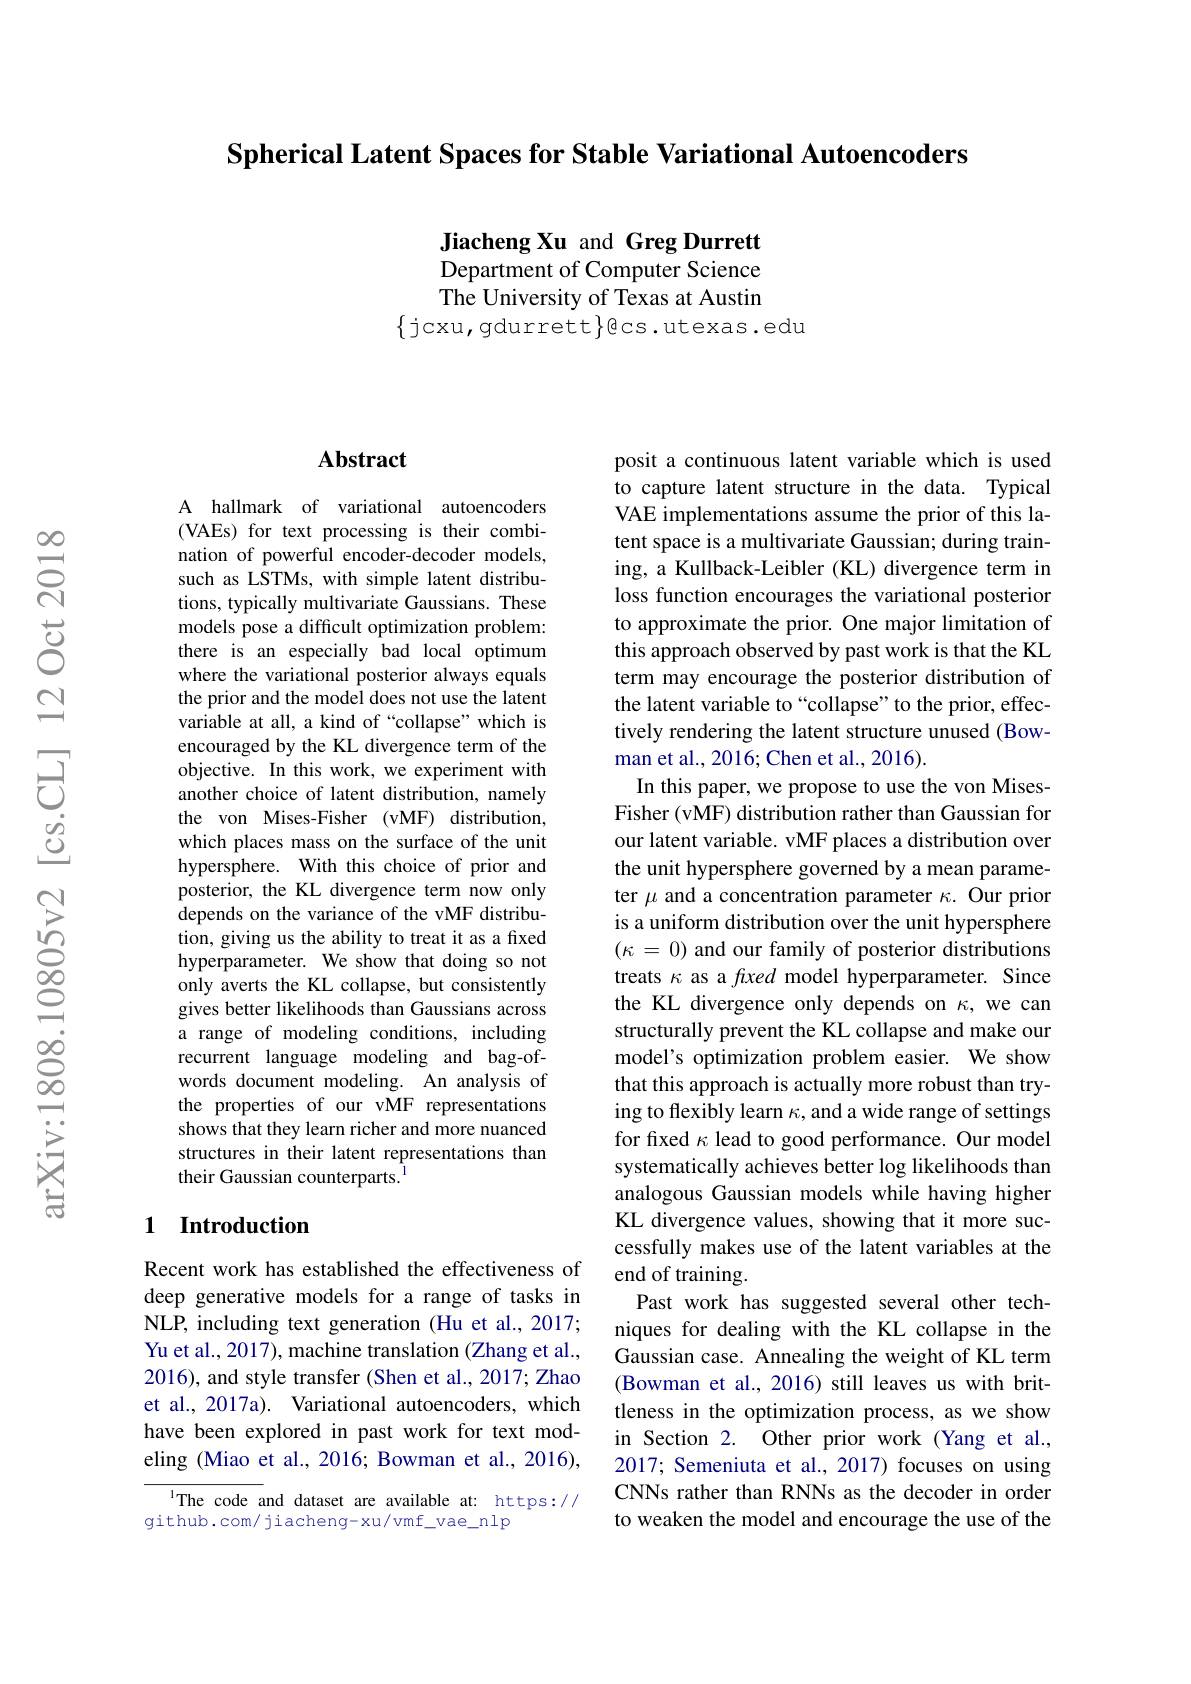
Spherical Latent Spaces for Stable Variational Autoencoders

Jiacheng Xu and Greg Durrett Department of Computer Science The University of Texas at Austin
$\{$jcxu, gdurrett$\}$cs.utexas.edu

### $\mathbf{Abstract}$

A hallmark of variational autoencoders (VAEs) for text processing is their combination of powerful encoder-decoder models, such as LSTMs, with simple latent distributions, typically multivariate Gaussians. These models pose a difficult optimization problem: there is an especially bad local optimum where the variational posterior always equals the prior and the model does not use the latent variable at all, a kind of “collapse”which is encouraged by the KL divergence term of the objective. In this work, we experiment with another choice of latent distribution, namely the von Mises-Fisher (vMF) distribution, which places mass on the surface of the unit hypersphere. With this choice of prior and posterior, the KL divergence term now only depends on the variance of the vMF distribution, giving us the ability to treat it as a fixed hyperparameter. We show that doing so not only averts the KL collapse, but consistently gives better likelihoods than Gaussians across a range of modeling conditions, including recurrent language modeling and bag-ofwords document modeling. An analysis of the properties of our vMF representations shows that they learn richer and more nuanced structures in their latent representations than their Gaussian counterparts.$^{1}$

### 1 Introduction

Recent work has established the effectiveness of deep generative models for a range of tasks in NLP, including text generation (Hu et al., 2017; Yu et al., 2017), machine translation (Zhang et al., 2016), and style transfer (Shen et al., 2017; Zhao et al., 2017a). Variational autoencoders, which have been explored in past work for text modeling (Miao et al., 2016; Bowman et al., 2016),

IThe code and dataset are available at: https://
github.com/ jiacheng- xu/ vmf\_vae\_nlp

posit a continuous latent variable which is used to capture latent structure in the data. Typical VAE implementations assume the prior of this latent space is a multivariate Gaussian; during training, a Kullback-Leibler (KL) divergence term in loss function encourages the variational posterior to approximate the prior. One major limitation of this approach observed by past work is that the KL term may encourage the posterior distribution of the latent variable to “collapse”to the prior, effectively rendering the latent structure unused (Bowman et al., 2016; Chen et al., 2016).
In this paper, we propose to use the von MisesFisher (vMF) distribution rather than Gaussian for our latent variable. vMF places a distribution over the unit hypersphere governed by a mean parameter $\mu$ and a concentration parameter $\kappa.$ Our prior is a uniform distribution over the unit hypersphere $(\kappa=0)$ and our family of posterior distributions treats $\kappa$ as a fxed model hyperparameter. Since the KL divergence only depends on $\kappa$, we can structurally prevent the KL collapse and make our model's optimization problem easier. We show that this approach is actually more robust than trying to flexibly learn $\kappa$, and a wide range of settings for fixed $\kappa$ lead to good performance. Our model systematically achieves better log likelihoods than analogous Gaussian models while having higher KL divergence values, showing that it more successfully makes use of the latent variables at the end of training.
Past work has suggested several other techniques for dealing with the KL collapse in the Gaussian case. Annealing the weight of KL term (Bowman et al., 2016) still leaves us with brittleness in the optimization process, as we show in Section 2. Other prior work (Yang et al., 2017; Semeniuta et al., 2017) focuses on using CNNs rather than RNNs as the decoder in order to weaken the model and encourage the use of the